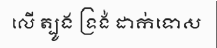
លើ ត្បូង ទ្រង់ ដាក់ទោស